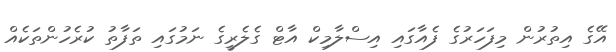
އޭގެ އިތުރުން މިފަހަރުގެ ފެއާގައި އިސްލާމިކް އާޓް ގެލެރީގެ ނަމުގައި ތަފާތު ކުރެހުންތަކެއް